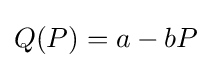
Q(P)=a-bP